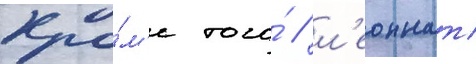
Кро́м'е того́ / л'еоннат